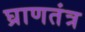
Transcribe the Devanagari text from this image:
घ्राणतंत्र